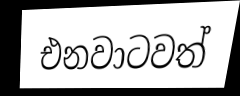
එනවාටවත්